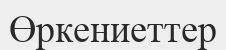
Өркениеттер